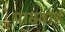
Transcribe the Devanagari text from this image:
पासवार्ड